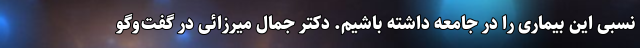
نسبی این بیماری را در جامعه داشته باشیم. دکتر جمال میرزائی در گفت‌وگو